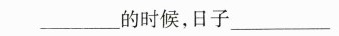
____的时候，日子_____；